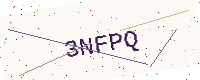
Text: 3NFPQ